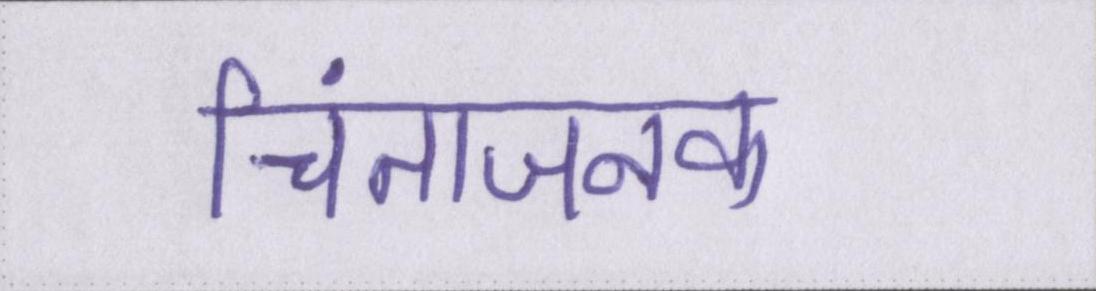
चिंताजनक